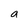
Character: a